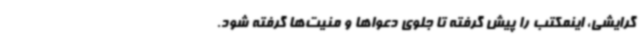
گرایشی، اینمکتب را پیش گرفته تا جلوی دعواها و منیت‌ها گرفته شود.